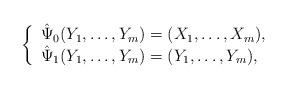
LaTeX: \begin{align*} \left\{ \begin{array}{l} \hat{\Psi}_0(Y_1,\ldots,Y_m)=(X_1,\ldots,X_m),\\ \hat{\Psi}_1(Y_1,\ldots,Y_m)=(Y_1,\ldots,Y_m),\\ \end{array} \right. \end{align*}